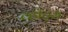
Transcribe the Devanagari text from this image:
व्हॉट्स